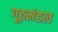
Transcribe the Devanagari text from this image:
गूठमंडल